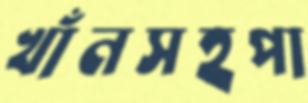
খাঁনসহপা